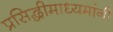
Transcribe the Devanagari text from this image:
प्रसिद्धीमाध्यमांनी